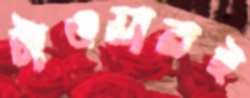
টাওয়ারই